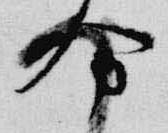
分